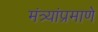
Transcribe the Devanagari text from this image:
मंत्र्यांप्रमाणे